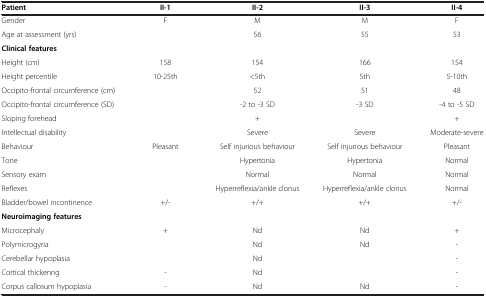
<table><thead><tr><td><b>Patient</b></td><td><b>II-1</b></td><td><b>II-2</b></td><td><b>II-3</b></td><td><b>II-4</b></td></tr></thead><tbody><tr><td>Gender</td><td>F</td><td>M</td><td>M</td><td>F</td></tr><tr><td>Age at assessment (yrs)</td><td>[EMPTY_CELL]</td><td>56</td><td>55</td><td>53</td></tr><tr><td colspan="5"><b>Clinical features</b></td></tr><tr><td>Height (cm)</td><td>158</td><td>154</td><td>166</td><td>154</td></tr><tr><td>Height percentile</td><td>10-25th</td><td>&lt;5th</td><td>5th</td><td>5-10th</td></tr><tr><td>Occipito-frontal circumference (cm)</td><td>[EMPTY_CELL]</td><td>52</td><td>51</td><td>48</td></tr><tr><td>Occipito-frontal circumference (SD)</td><td>[EMPTY_CELL]</td><td>-2 to -3 SD</td><td>-3 SD</td><td>-4 to -5 SD</td></tr><tr><td>Sloping forehead</td><td>[EMPTY_CELL]</td><td>+</td><td>[EMPTY_CELL]</td><td>+</td></tr><tr><td>Intellectual disability</td><td>[EMPTY_CELL]</td><td>Severe</td><td>Severe</td><td>Moderate-severe</td></tr><tr><td>Behaviour</td><td>Pleasant</td><td>Self injurious behaviour</td><td>Self injurious behaviour</td><td>Pleasant</td></tr><tr><td>Tone</td><td>[EMPTY_CELL]</td><td>Hypertonia</td><td>Hypertonia</td><td>Normal</td></tr><tr><td>Sensory exam</td><td>[EMPTY_CELL]</td><td>Normal</td><td>Normal</td><td>Normal</td></tr><tr><td>Reflexes</td><td>[EMPTY_CELL]</td><td>Hyperreflexia/ankle clonus</td><td>Hyperreflexia/ankle clonus</td><td>Normal</td></tr><tr><td>Bladder/bowel incontinence</td><td>+/-</td><td>+/+</td><td>+/+</td><td>+/-</td></tr><tr><td colspan="5"><b>Neuroimaging features</b></td></tr><tr><td>Microcephaly</td><td>+</td><td>Nd</td><td>Nd</td><td>+</td></tr><tr><td>Polymicrogyria</td><td>[EMPTY_CELL]</td><td>Nd</td><td>Nd</td><td>-</td></tr><tr><td>Cerebellar hypoplasia</td><td>[EMPTY_CELL]</td><td>Nd</td><td>[EMPTY_CELL]</td><td>-</td></tr><tr><td>Cortical thickenng</td><td>-</td><td>Nd</td><td>[EMPTY_CELL]</td><td>-</td></tr><tr><td>Corpus callosum hypoplasia</td><td>-</td><td>Nd</td><td>Nd</td><td>-</td></tr></tbody></table>